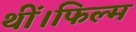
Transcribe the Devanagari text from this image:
थीं।फिल्म